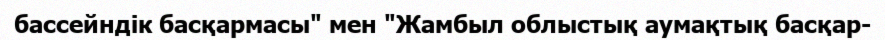
бассейндік басқармасы" мен "Жамбыл облыстық аумақтық басқар-